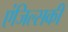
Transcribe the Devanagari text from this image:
एंजिल्सकी